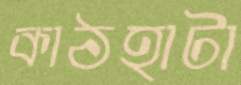
কাঠহাটা